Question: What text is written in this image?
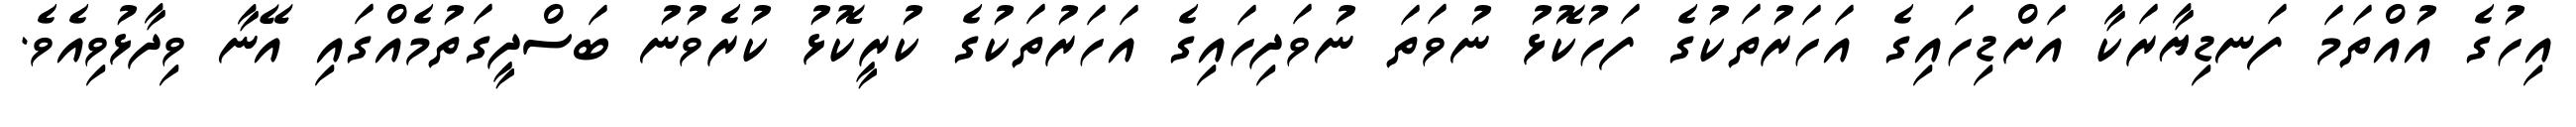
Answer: އިހުގެ އުއްތަމަ ފަނޑިޔާރަކާ އަށްޑިހައިގެ އަހަރުތަކުގެ ފަހުކޮޅު ނުވަތަ ނުވަދިހައިގެ އަހަރުތަކުގެ ކުރީކޮޅު ކުރެވުނު ބަސްދީގަތުމެއްގައި އޭނާ ވިދާޅުވިއެވެ.